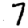
Digit: 7